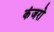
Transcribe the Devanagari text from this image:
कंजरो